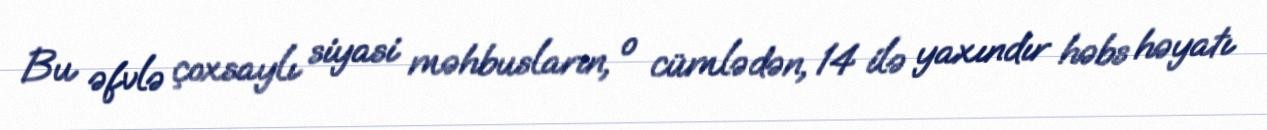
Bu əfvlə çoxsaylı siyasi məhbusların, o cümlədən, 14 ilə yaxındır həbs həyatı